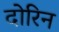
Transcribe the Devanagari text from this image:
दोरिन